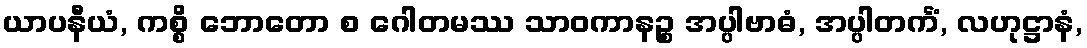
ယာပနီယံ, ကစ္စိ ဘောတော စ ဂေါတမဿ သာဝကာနဉ္စ အပ္ပါဗာဓံ, အပ္ပါတင်္ကံ, လဟုဋ္ဌာနံ,